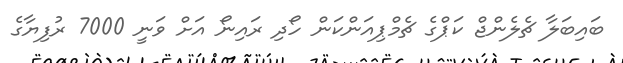
ބައިބަލާ ޗެލެންޖް ކަޕްގެ ޗެމްޕިއަންކަން ހޯދި ރައިނޯ އަށް ވަނީ 7000 ރުފިޔާގެ